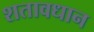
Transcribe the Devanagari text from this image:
शतावधान